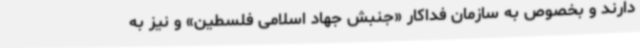
دارند و بخصوص به سازمان فداکار «جنبش جهاد اسلامی فلسطین» و نیز به